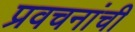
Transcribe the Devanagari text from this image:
प्रवचनांची